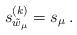
LaTeX: \begin{align*}s_{\tilde w_\mu}^{(k)}=s_\mu\,.\end{align*}